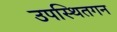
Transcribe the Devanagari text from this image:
उपस्थितगन